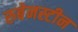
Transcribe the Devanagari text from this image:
रुबेनस्टीन